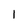
Character: 1